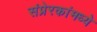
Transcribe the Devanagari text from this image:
संप्रेरकांमध्ये